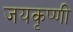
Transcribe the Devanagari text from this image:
जयकृष्णी